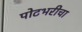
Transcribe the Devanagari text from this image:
पोटभरीचा